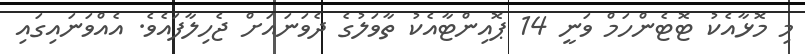
މި މޮޅާއެކު ޓޮޓެންހަމް ވަނީ 14 ޕޮއިންޓާއެކު ތާވަލުގެ ދެވަނައަށް ޖެހިލާފައެވެ. އެއްވަނައިގައި